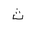
Letter: _tha